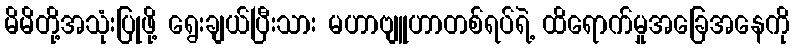
မိမိတို့အသုံးပြုဖို့ ရွေးချယ်ပြီးသား မဟာဗျူဟာတစ်ရပ်ရဲ့ ထိရောက်မှုအခြေအနေကို